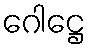
ဂေါဋ္ဌေ